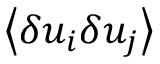
\! \left\langle { \delta u _ { i } \delta u _ { j } } \right\rangle